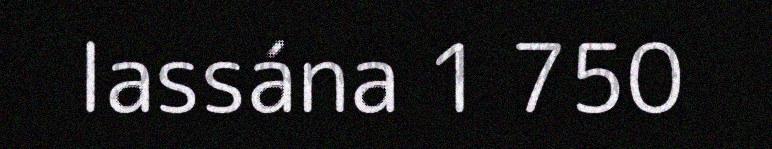
lassána 1 750